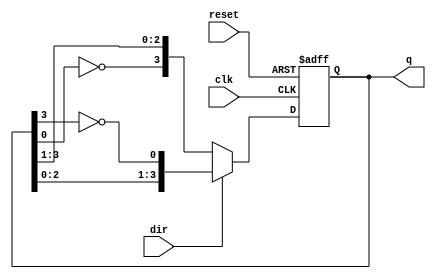
module bidirectional_johnson_counter (
    input wire clk,          // Clock input
    input wire reset,        // Reset input
    input wire dir,          // Direction control (1 for up, 0 for down)
    output reg [N-1:0] q     // Counter output (N flip-flops)
);
    parameter N = 4; // Number of flip-flops

    always @(posedge clk or posedge reset) begin
        if (reset) begin
            // Reset the counter to 0
            q <= 0;
        end else begin
            if (dir) begin
                // Up counting (Johnson counter logic)
                q <= {q[N-2:0], ~q[N-1]}; // Shift left and invert last bit
            end else begin
                // Down counting (reverse Johnson counter logic)
                q <= {~q[0], q[N-1:1]}; // Shift right and invert first bit
            end
        end
    end
endmodule